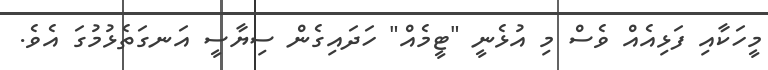
މީހަކާއި ފަޅިއެއް ވެސް މި އުޅެނީ "ޓީމެއް" ހަދައިގެން ސިޔާސީ އަނގަތެޅުމުގަ އެވެ.